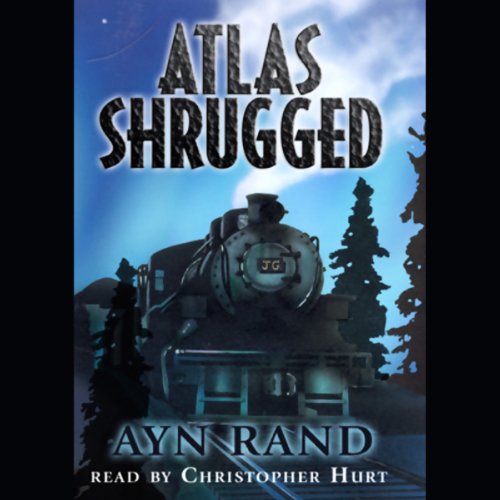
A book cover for Atlas Shrugged; Ayn Rand; Literature & Fiction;